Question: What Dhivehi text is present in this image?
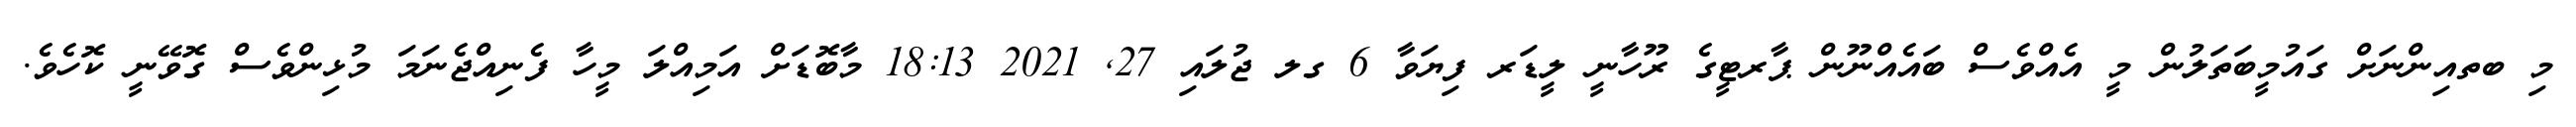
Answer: މި ބތއިންނަށް ގައުމީބަތަލުން މީ އެއްވެސް ބައެއްނޫން ޕާރޓީގެ ރޫހާނީ ލީޑަރ ފިޔަވާ 6 ގލ ޖުލައި 27, 2021 18:13 މާބޮޑަށް އަމިއްލަ މީހާ ފެނިއްޖެނަމަ މުޅިންވެސް ގޮވޭނީ ކޮހެވެ.